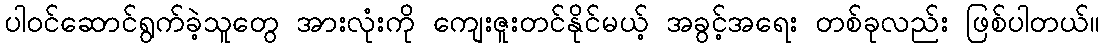
ပါဝင်ဆောင်ရွက်ခဲ့သူတွေ အားလုံးကို ကျေးဇူးတင်နိုင်မယ့် အခွင့်အရေး တစ်ခုလည်း ဖြစ်ပါတယ်။